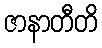
ဇာနာတီတိ